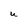
Character: U